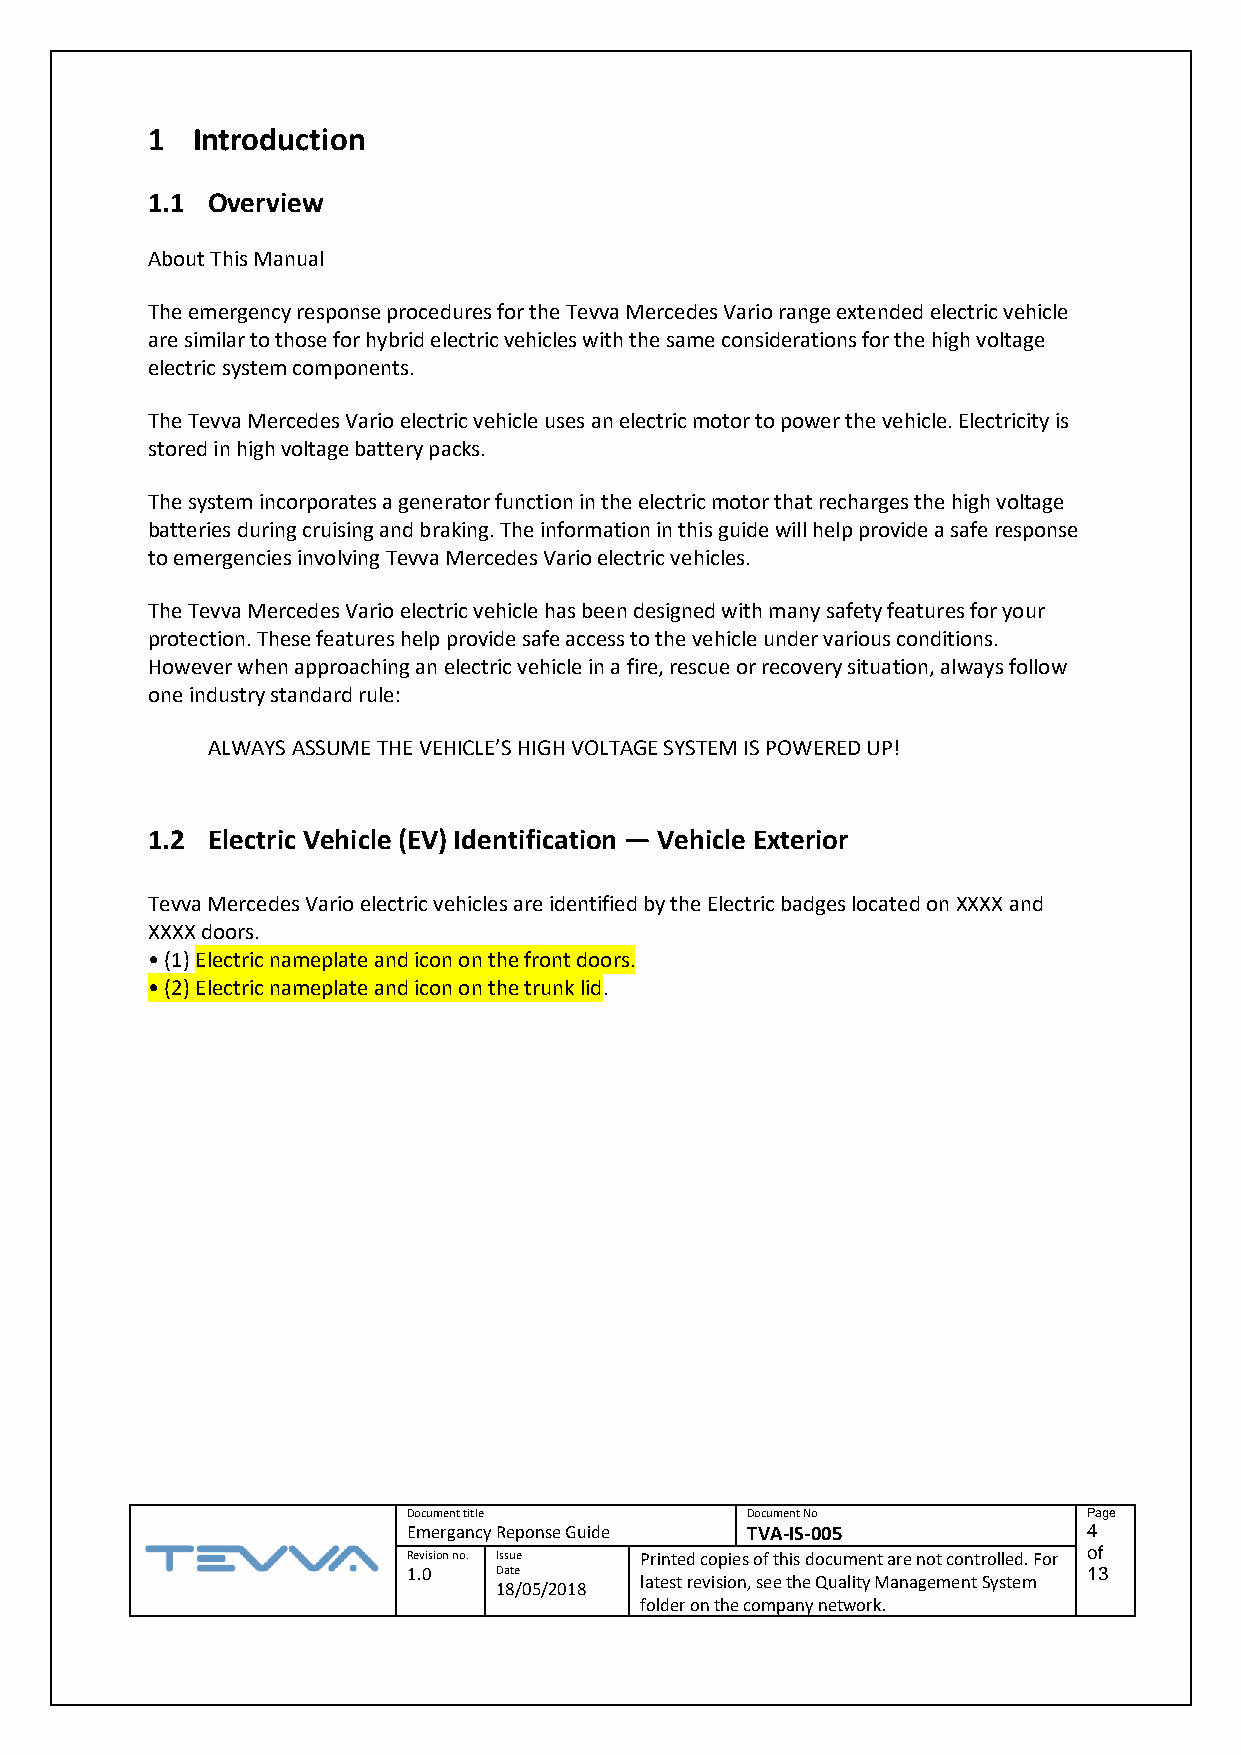
1  Introduction
 1.1 Overview
 About This Manual
 The emergency response procedures for the Tevva Mercedes Vario range extended electric vehicle
 are similar to those for hybrid electric vehicles with the same considerations for the high voltage
 electric system components.
 The Tevva Mercedes Vario electric vehicle uses an electric motor to power the vehicle. Electricity is
 stored in high voltage battery packs.
 The system incorporates a generator function in the electric motor that recharges the high voltage
 batteries during cruising and braking. The information in this guide will help provide a safe response
 to emergencies involving Tevva Mercedes Vario electric vehicles.
 The Tevva Mercedes Vario electric vehicle has been designed with many safety features for your
 protection. These features help provide safe access to the vehicle under various conditions.
 However when approaching an electric vehicle in a fire, rescue or recovery situation, always follow
 one industry standard rule:
 ALWAYS ASSUME THE VEHICLE’S HIGH VOLTAGE SYSTEM IS POWERED UP!
 1.2 Electric Vehicle (EV) Identification — Vehicle Exterior
 Tevva Mercedes Vario electric vehicles are identified by the Electric badges located on XXXX and
 XXXX doors.
 • (1) Electric nameplate and icon on the front doors.
 • (2) Electric nameplate and icon on the trunk lid.
 Document title        Document No            Page
 Emergancy Reponse Guide TVA-IS-005           4
 Revision no. Issue Printed copies of this document are not controlled. For of
 1.0   Date                                   13
 latest revision, see the Quality Management System
 18/05/2018
 folder on the company network.